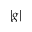
| g |